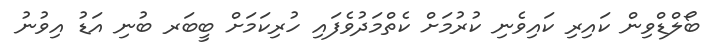
ބޯލްޑްވިން ކައިރި ކައިވެނި ކުރުމަށް ކެތްމަދުވެފައި ހުރިކަމަށް ބީބަރ ބުނި އަޑު އިވުނު